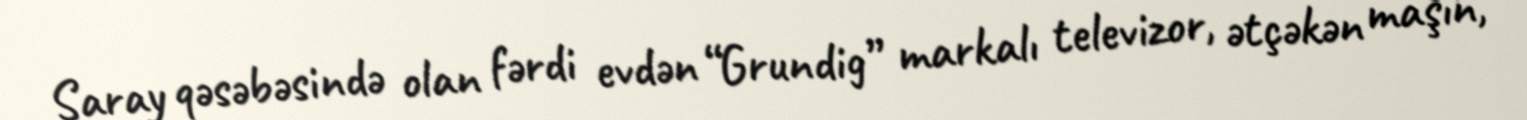
Saray qəsəbəsində olan fərdi evdən “Grundig” markalı televizor, ətçəkən maşın,